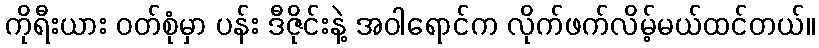
ကိုရီးယား ဝတ်စုံမှာ ပန်း ဒီဇိုင်းနဲ့ အဝါရောင်က လိုက်ဖက်လိမ့်မယ်ထင်တယ်။